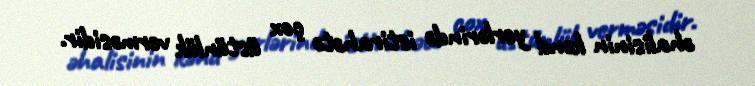
əhalisinin kənd yerlərində istirahətə çox üstünlük verməsidir.